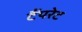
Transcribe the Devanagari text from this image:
टैंपरेट